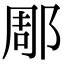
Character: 郮